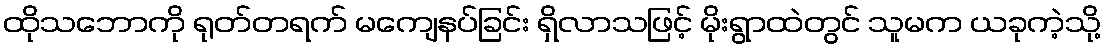
ထိုသဘောကို ရုတ်တရက် မကျေနပ်ခြင်း ရှိလာသဖြင့် မိုးရွာထဲတွင် သူမက ယခုကဲ့သို့